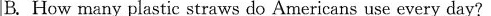
B. How many plastic straws do Americans use every day?